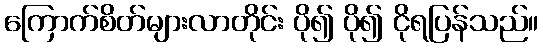
ကြောက်စိတ်များလာတိုင်း ပို၍ ပို၍ ငိုရပြန်သည်။